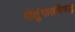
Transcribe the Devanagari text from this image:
पोर्तुगालविरुद्ध